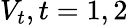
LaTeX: V_{t},t=1,2